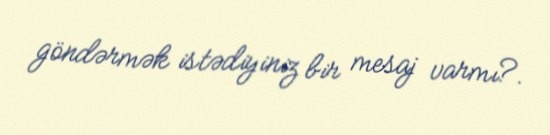
göndərmək istədiyiniz bir mesaj varmı?.